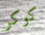
كوكر